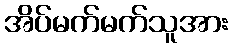
အိပ်မက်မက်သူအား